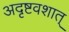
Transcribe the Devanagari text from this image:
अदृष्टवशात्‌